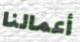
أعمالنا